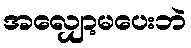
အလျှော့မပေးဘဲ